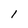
Character: 1